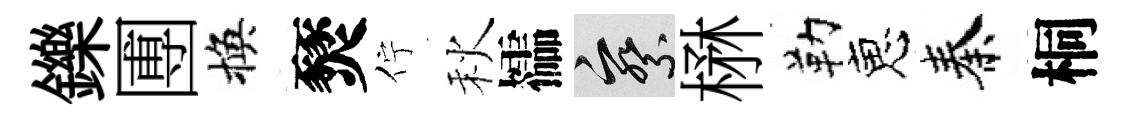
鑠圑換燹佇秋櫺察楙勒恵秦桐